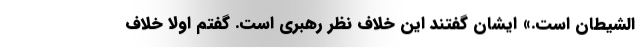
الشیطان است.» ایشان گفتند این خلاف نظر رهبری است. گفتم اولاً خلاف